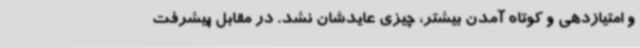
و امتیازدهی و کوتاه آمدن بیشتر، چیزی عایدشان نشد. در مقابل پیشرفت